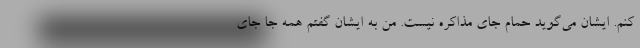
کنم. ایشان می‌گوید حمام جای مذاکره نیست. من به ایشان گفتم همه جا جای